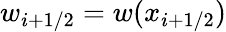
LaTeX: w_{i+1/2}=w(x_{i+1/2})